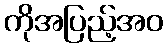
ကိုအပြည့်အဝ